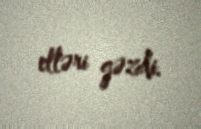
elləri gəzdi.